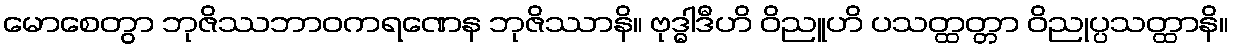
မောစေတွာ ဘုဇိဿဘာဝကရဏေန ဘုဇိဿာနိ။ ဗုဒ္ဓါဒီဟိ ဝိညူဟိ ပသတ္ထတ္တာ ဝိညုပ္ပသတ္ထာနိ။